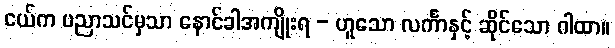
ငယ်က ပညာသင်မှသာ နောင်ခါအကျိုးရ - ဟူသော လင်္ကာနှင့် ဆိုင်သော ဂါထာ။